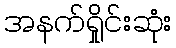
အနက်ရှိုင်းဆုံး